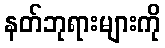
နတ်ဘုရားများကို